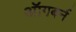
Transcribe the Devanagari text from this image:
ऑगबर्न